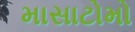
માસાટોમો